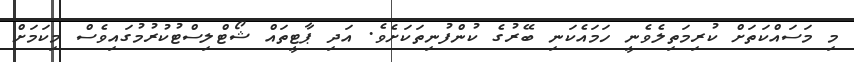
މި މަސައްކަތަށް ކުރިމަތިލެވެނީ ހަމައެކަނި ބޭރުގެ ކުންފުނިތަކަށެވެ. އަދި ޕާޓީތައް ޝޯޓްލިސްޓުކުރުމުގައިވެސް މިކަމަށް